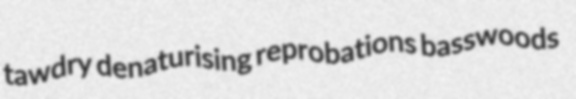
tawdry denaturising reprobations basswoods